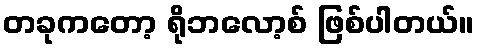
တခုကတော့ ရိုဘလော့စ် ဖြစ်ပါတယ်။